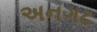
અનગઢ